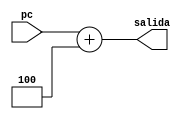
module add1
(
	input [31:0] pc,
	output reg [31:0] salida
);
reg [31:0] cuatro;
initial 
begin
	cuatro <= +32'd4;
end

always @(*)
begin 
	salida <= pc + cuatro;
end
 endmodule